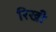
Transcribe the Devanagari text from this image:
रिखी